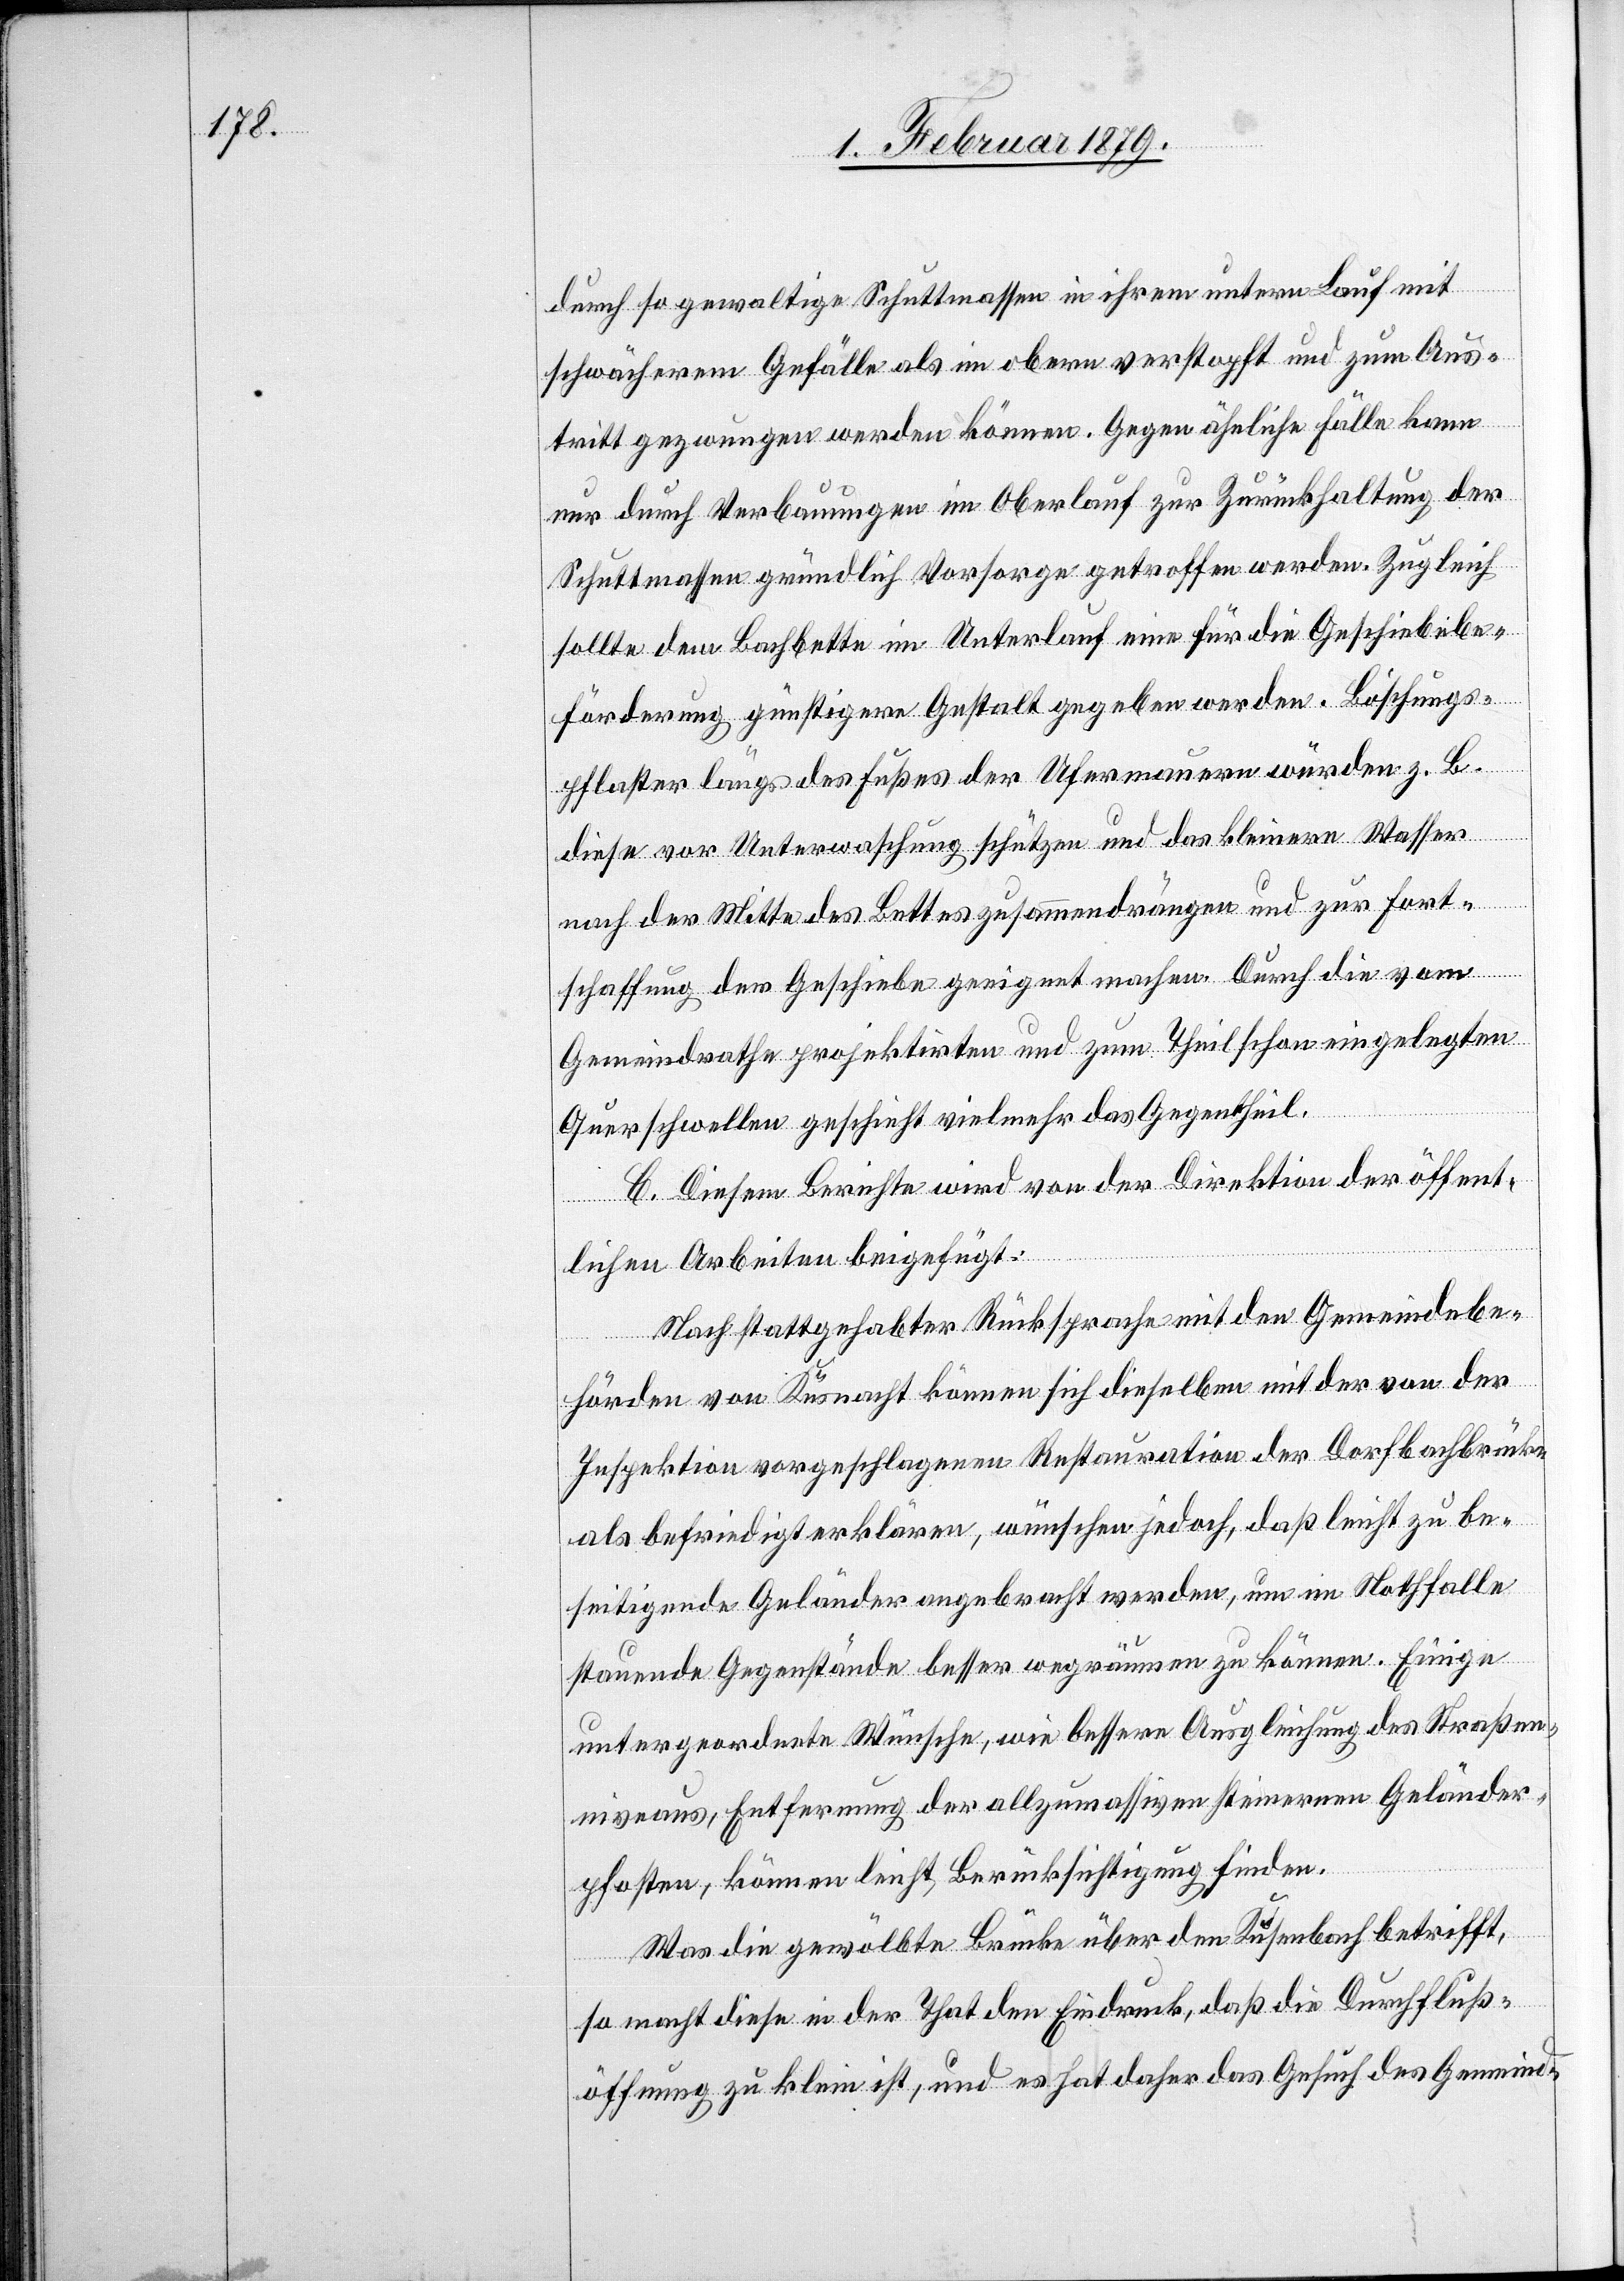
durch so gewaltige Schuttmassen in ihrem untern Lauf mit
schwächerem Gefälle als im obern verstopft und zum Aus¬
tritt gezwungen werden können. Gegen ähnliche Fälle kann
nur durch Verbauungen im Oberlauf zur Zurückhaltung der
Schuttmassen gründlich Vorsorge getroffen werden. Zugleich
sollte dem Bachbette im Unterlauf eine für die Geschiebebe¬
förderung günstigere Gestalt gegeben werden. Böschungs¬
pflaster längs des Fußes der Ufermauern würden z. B.
diese vor Unterwaschung schützen und das kleinere [sic!] Wasser
nach der Mitte des Bettes zusammendrängen und zur Fort¬
schaffung der Geschiebe geeignet machen. Durch die vom
Gemeindrathe projektirten und zum Theil schon eingelegten
Querschwellen geschieht vielmehr das Gegentheil.
C. Diesem Berichte wird von der Direktion der öffent¬
lichen Arbeiten beigefügt:
Nach stattgehabter Rücksprache mit den Gemeindebe¬
hörden von Küsnacht können sich dieselben mit der von der
Inspektion vorgeschlagenen Restauration der Dorfbachbrücke
als befriedigt erklären, wünschen jedoch, daß leicht zu be¬
seitigende Geländer angebracht werden, um im Nothfalle
stauende Gegenstände besser wegräumen zu können. Einige
untergeordnete Wünsche, wie bessere Ausgleichung des Straßen¬
niveaus, Entfernung der allzumassiven steinernen Geländer¬
pfosten, können leicht Berücksichtigung finden.
Was die gewölbte Brücke über den Kusenbach betrifft,
so macht diese in der That den Eindruck, daß die Durchfluß¬
öffnung zu klein ist, und es hat daher das Gesuch des Gemeinde-